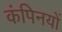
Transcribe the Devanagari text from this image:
कंपिनयों